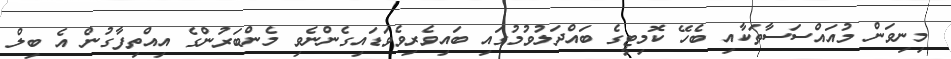
މިނިވަން މުއައްސަސާތަކާއި ބެހޭ ކޮމިޓީގެ ބައްދަލުވުމުގައި ބައިވެރިވެވަޑައިގެންނެވި މެންބަރުންގެ އިއްތިފާގުން އެ ބިލް